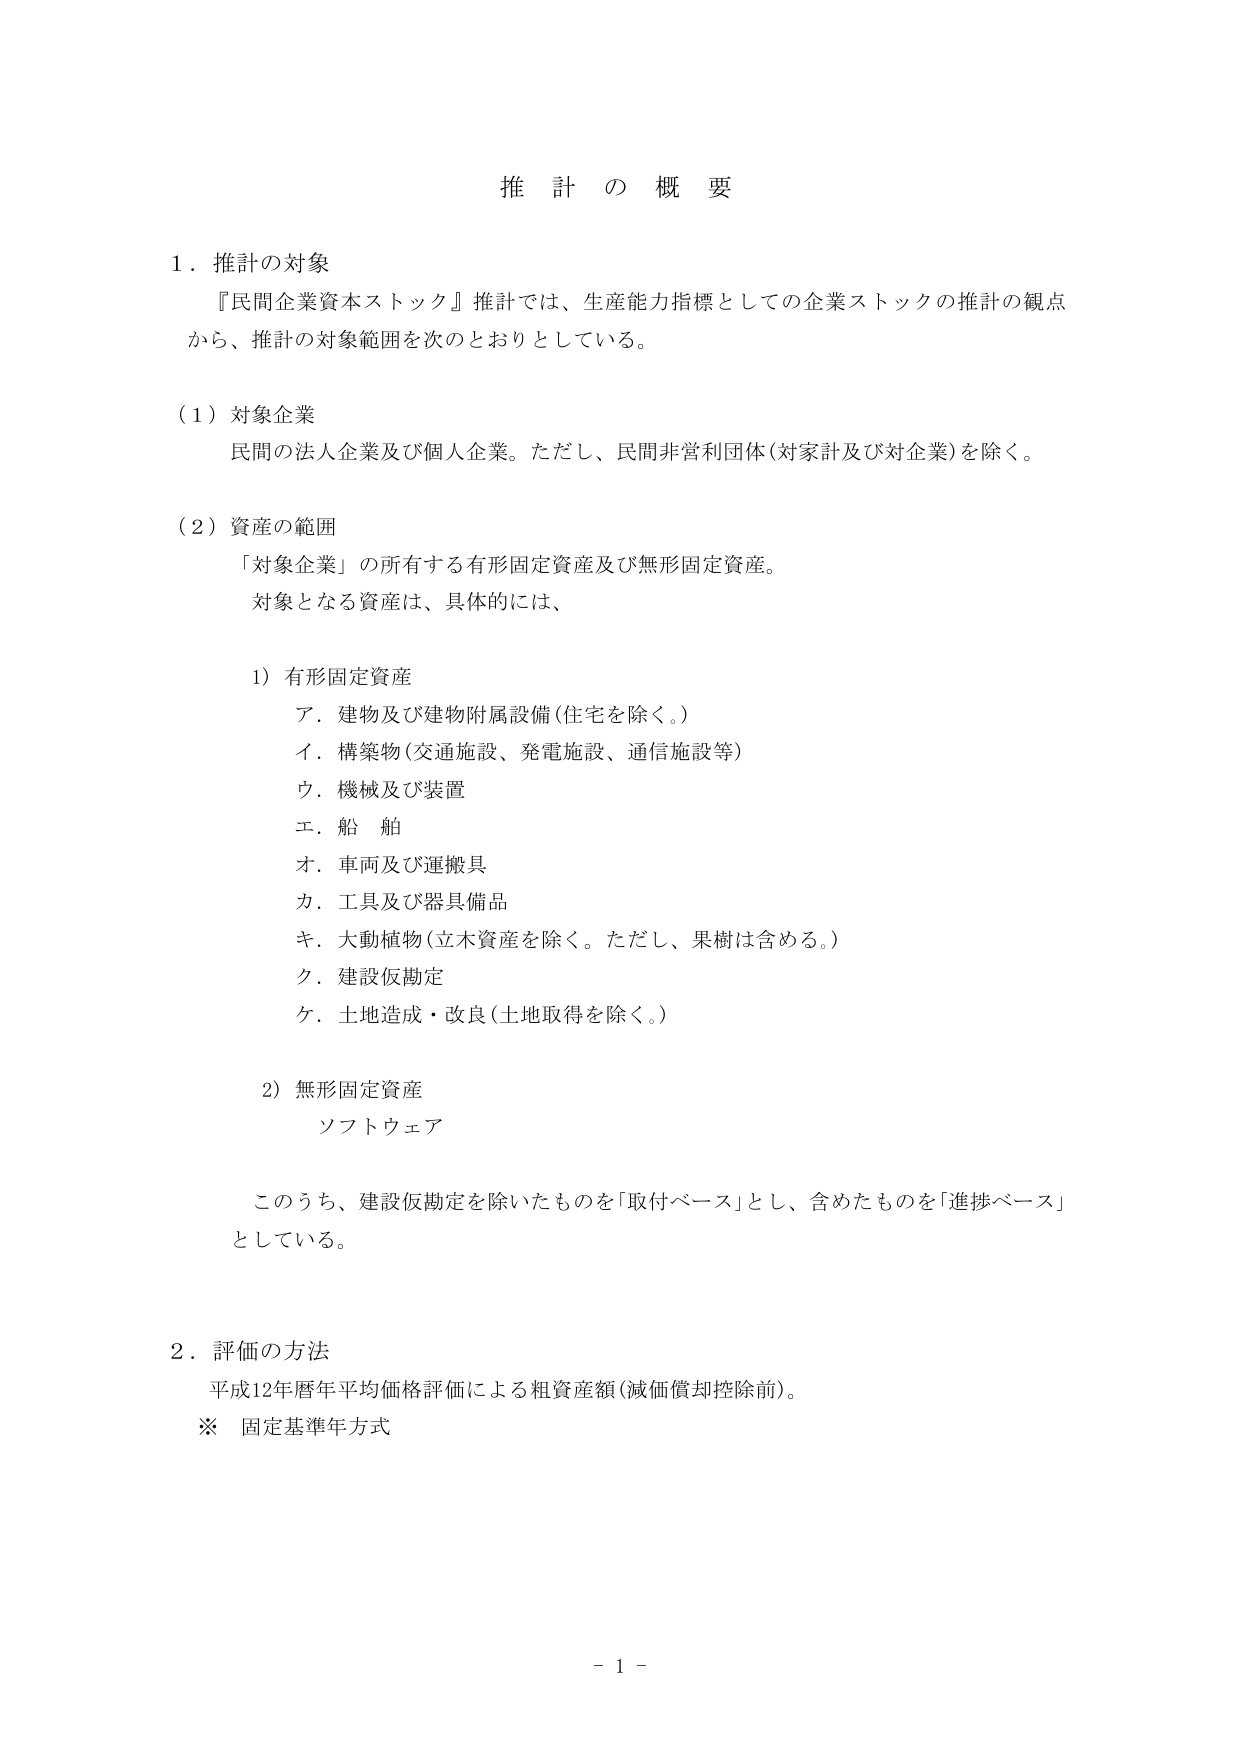
推計の概要

１．推計の対象
『民間企業資本ストック』推計では、生産能力指標としての企業ストックの推計の観点
から、推計の対象範囲を次のとおりとしている。

（１）対象企業
民間の法人企業及び個人企業。ただし、民間非営利団体（対家計及び対企業）を除く。

（２）資産の範囲
「対象企業」の所有する有形固定資産及び無形固定資産。
対象となる資産は、具体的には、

１）有形固定資産
ア．建物及び建物附属設備（住宅を除く。）
イ．構築物（交通施設、発電施設、通信施設等）
ウ．機械及び装置
エ．船舶
オ．車両及び運搬具
カ．工具及び器具備品
キ．大動植物（立木資産を除く。ただし、果樹は含める。）
ク．建設仮勘定
ケ．土地造成・改良（土地取得を除く。）

２）無形固定資産
ソフトウェア

このうち、建設仮勘定を除いたものを「取付ベース」とし、含めたものを「進捗ベース」
としている。

２．評価の方法
平成12年暦年平均価格評価による粗資産額（減価償却控除前）。
※ 固定基準年方式

－ 1 －